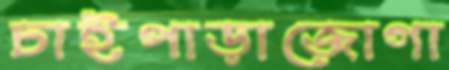
চাইপাড়াজোগা